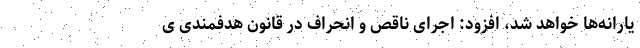
یارانه‌ها خواهد شد، افزود: اجرای ناقص و انحراف در قانون هدفمندی ی